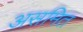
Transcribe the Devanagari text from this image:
असमित